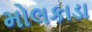
મોલકાડા